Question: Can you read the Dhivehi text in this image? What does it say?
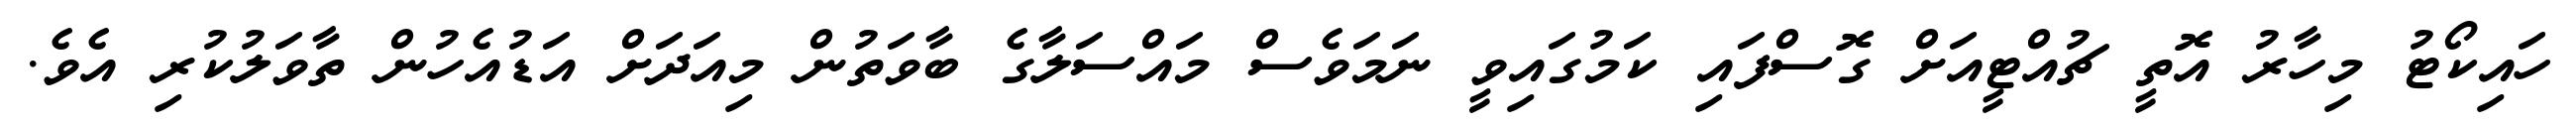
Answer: ހައިކޯޓު މިހާރު އޮތީ ޗުއްޓީއަށް ގޮސްފައި ކަމުގައިވީ ނަމަވެސް މައްސަލާގެ ބާވަތުން މިއަދަށް އަޑުއެހުން ތާވަލުކުރި އެވެ.